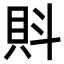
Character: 𧴼